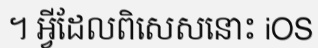
។ អ្វីដែលពិសេសនោះ iOS